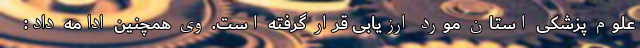
علوم پزشکی استان مورد ارزیابی قرار گرفته است. وی همچنین ادامه داد: